King Institute of Preventive Medicine Micro-Biological Section reports 1912-19
Year: 1912
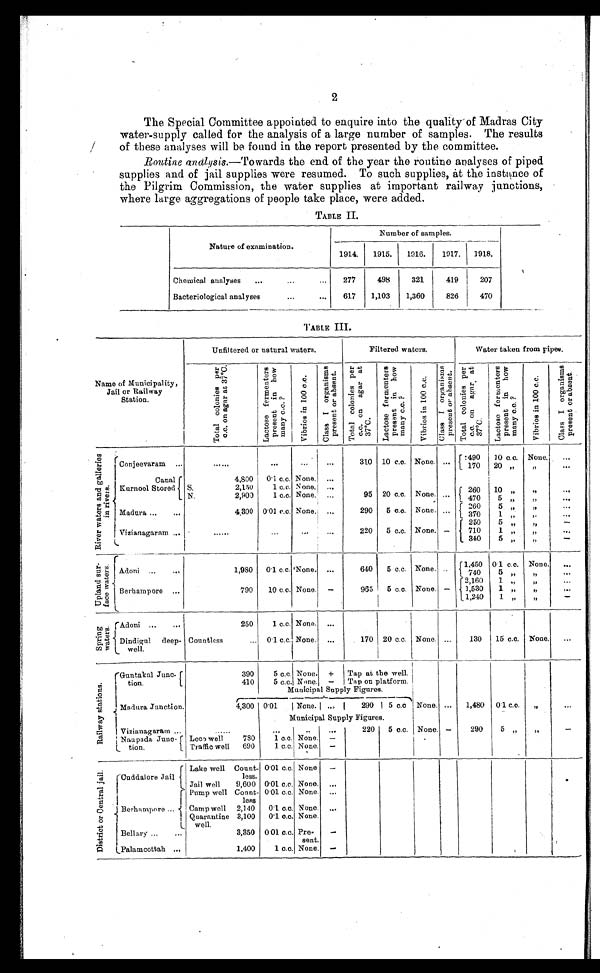
2
The Special Committee appointed to enquire into the quality of Madras City
water-supply called for the analysis of a large number of samples. The results
of these analyses will be found in the report presented by the committee.
Routine analysis.-Towards the end of the year the routine analyses of piped
supplies and of jail supplies were resumed. To such supplies, at the instance of
the Pilgrim Commission, the water supplies at important railway junctions,
where large aggregations of people take place, were added.
TABLE II.
Number of samples.
Nature of examination.
1914.
1915.
1916.
1917. 1918.
Chemical analyses . . .
277
498
321
419
207
Bacteriological analyses . . .
617 1,103
1,360
826
470
TABLE III.
Unfiltered or natural waters.
Filtered waters.
Water taken from pipes.
Name of Municipality,
Jail or Railway
Station.
T o t a l c o l o n i e s p e r c . c . o n a g a r a t 3 7°C .L
a c t o s e f e r m e n t e r s p r e s e n t i n h o w m a n y c . c . ?
V i b r i o s i n 1 0 0 c . c .
C l a s s I
o r g a n i s m s p r e s e n t
o r a b s e n t .
T o t a l c o l o n i e s p e r c . c . o n a g a r a t 3 7°C .
L a c t o s e f e r m e n t e r s p r e s e n t i n h o w m a n y c . c . ?
V i b r i o s i n 1 0 0 c . c .
C l a s s I o r g a n i s m s p r e s e n t o r a b s e n t .
T o t a l c o l o n i e s p e r c . c . o n a g a r a t 3 7°C .
L a c t o s e f e r m e n t e r s p r e s e n t i n h o w m a n y c . c . ?
V i b r i o s i n 1 0 0 c . c . ?
C l a s s I o r g a n i s m s p r e s e n t o r a b s e n t .
R i v e r w a t e r s a n d g a l l e r i e s i n r i v e r s .
Conjeevaram . . .
. . .
. . .
. . .
. . .
310 10 c.c. None. . . .
490 1 0 c.c. None.
. . .
170 20 "
. . .
"
Canal
Kurnool Stored
4,800 0.1 c.c. None.
. . .
S. 2,150
1 c.c. None.
. . .
95 20 c.c. None. . . . 260 10 "
"
. . .
N. 2,900
1 c.c. None.
. . .
470
5 "
"
. . .
Madura . . .
4,300 0.01 c.c. None.
. . .
290 5 c.c. None. . . . 260
5 "
"
. . .
. . .
370
1 "
"
"
—
250
5 "
Vizianagaram . . .
. . .
. . .
. . .
. . .
220 5 c.c. None. —
7 1 0
1 "
. . .
"
340
5 "
—
"
A d o n i . . .
1,980 0.1 c.c. None.
. . .
6 4 0
5 c.c. None. . . .
1,450 0.1 c. c. None.
. . .
U p l a n d s u r - f a c e w a t e r s .
"
. . .
740
5 "
Berhampore . . .
790
10 c.c. None.
—
965 5 c.c. None. —
2,160
1 "
"
. . .
1,530 1 "
"
. . .
1,240
1 "
"
—
S p r i n g w a t e r s .
Adoni
250
1 c.c. None.
. . .
Dindigul deep-
well.
Countless . . . 0.1 c.c. None.
. . .
170 20 c.c. None.
. . .
130 15 c.c. None.
. . .
R a i l w a y s t a t i o n s .
Guntakal Jun
c-
tion.
390
5 c.c. None. + Tap at the well.
410
5 c.c. None.
- Tap on platform.
Municipal Supply F i g u r e s .
Madura Junction.
4,300 0.01
None.
. . .
290
5 c.c None.
. . . 1,480 0.1 c.c.
"
. . .
Municipal Supply Figures.
Vizianagaram . . .
. . .
. . .
. . .
. . .
220 5 c.c. None.
—
290
5 "
"
—
Naupada Ju
nc-
tion.
Loco well 730
1 c.c. None.
—
. . .
Traffic well 690
1 c.c. None.
—
D i s t r i c t s o r C e n t r a l j a i l .
Cuddalore Jail
Lake well Count-
less.
0.01 c.c. None
—
Jail well
9,600 0.01 c.c. None.
. . .
Berhampore . . .
Pump well Count-
less
0.01 c.c. None.
. . .
Camp well 2,140 0.1 c.c. None.
. . .
Quarantine 3,100
well.
0.1 c.c. None.
Bellary . . .
3,350 0.01 c.c. Pre-
sent.
—
Palamcottah . . .
1,400
1 c.c. None.
—